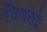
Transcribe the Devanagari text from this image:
नियतो